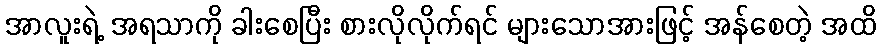
အာလူးရဲ့ အရသာကို ခါးစေပြီး စားလိုလိုက်ရင် များသောအားဖြင့် အန်စေတဲ့ အထိ